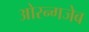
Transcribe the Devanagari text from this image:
ओरन्गजेब